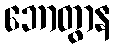
ဘောတွာန